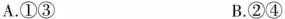
A.①③ B.②④